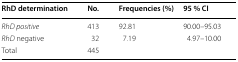
<table><thead><tr><td><b>RhD determination</b></td><td><b>No.</b></td><td><b>Frequencies (%)</b></td><td><b>95 % CI</b></td></tr></thead><tbody><tr><td><i>RhD positive</i></td><td>413</td><td>92.81</td><td>90.00–95.03</td></tr><tr><td><i>RhD</i> negative</td><td>32</td><td>7.19</td><td>4.97–10.00</td></tr><tr><td>Total</td><td>445</td><td></td><td></td></tr></tbody></table>